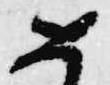
如